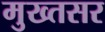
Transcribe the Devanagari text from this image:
मुख्तसर